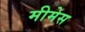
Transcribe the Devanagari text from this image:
मीमेस